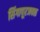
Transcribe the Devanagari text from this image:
सिंगापूरजवळ